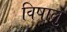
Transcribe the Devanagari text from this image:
विषालु